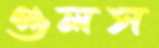
গুলস